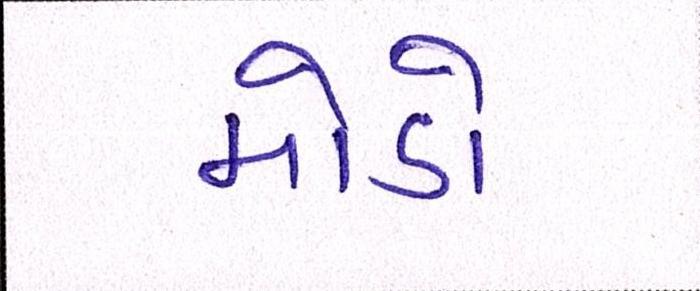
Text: મોડો